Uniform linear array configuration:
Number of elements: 16
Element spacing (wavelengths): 1
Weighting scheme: hann
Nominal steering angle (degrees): -60
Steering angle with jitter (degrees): -59.899
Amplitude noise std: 0.05
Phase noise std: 0.05

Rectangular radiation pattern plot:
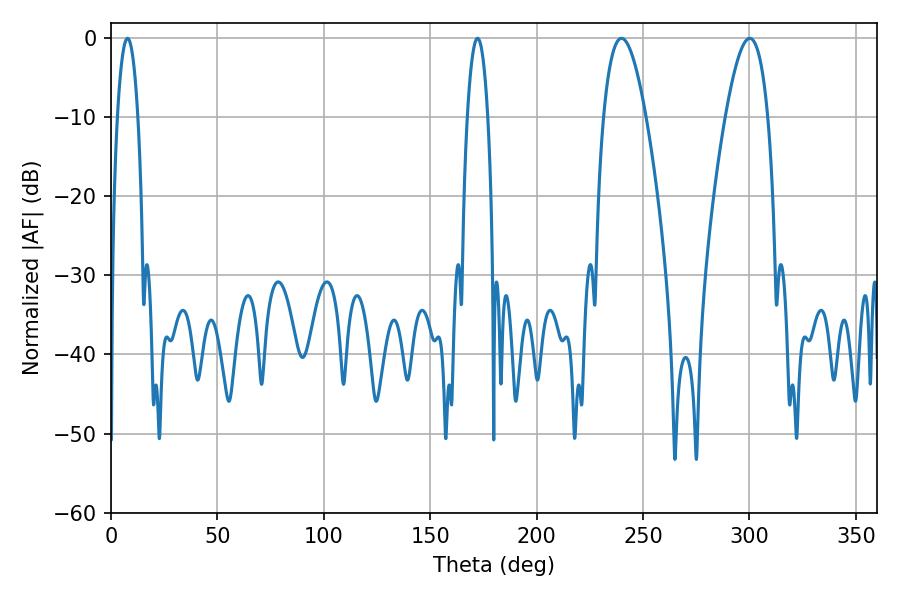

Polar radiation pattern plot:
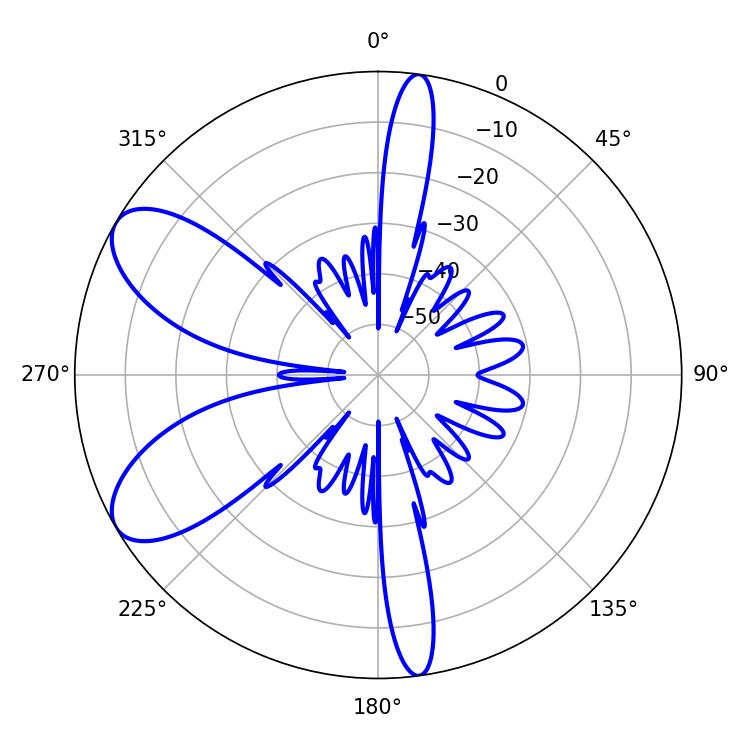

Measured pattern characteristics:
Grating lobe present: TRUE
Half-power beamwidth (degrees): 5.4
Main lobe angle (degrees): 7.74